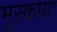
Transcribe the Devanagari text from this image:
मुस्काया